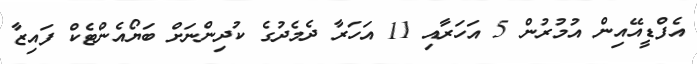
އެފްޑީއޭއިން އުމުރުން 5 އަހަރާއި 11 އަހަރާ ދެމެދުގެ ކުދިންނަށް ބަޔޯއެންޓެކް ފައިޒާ